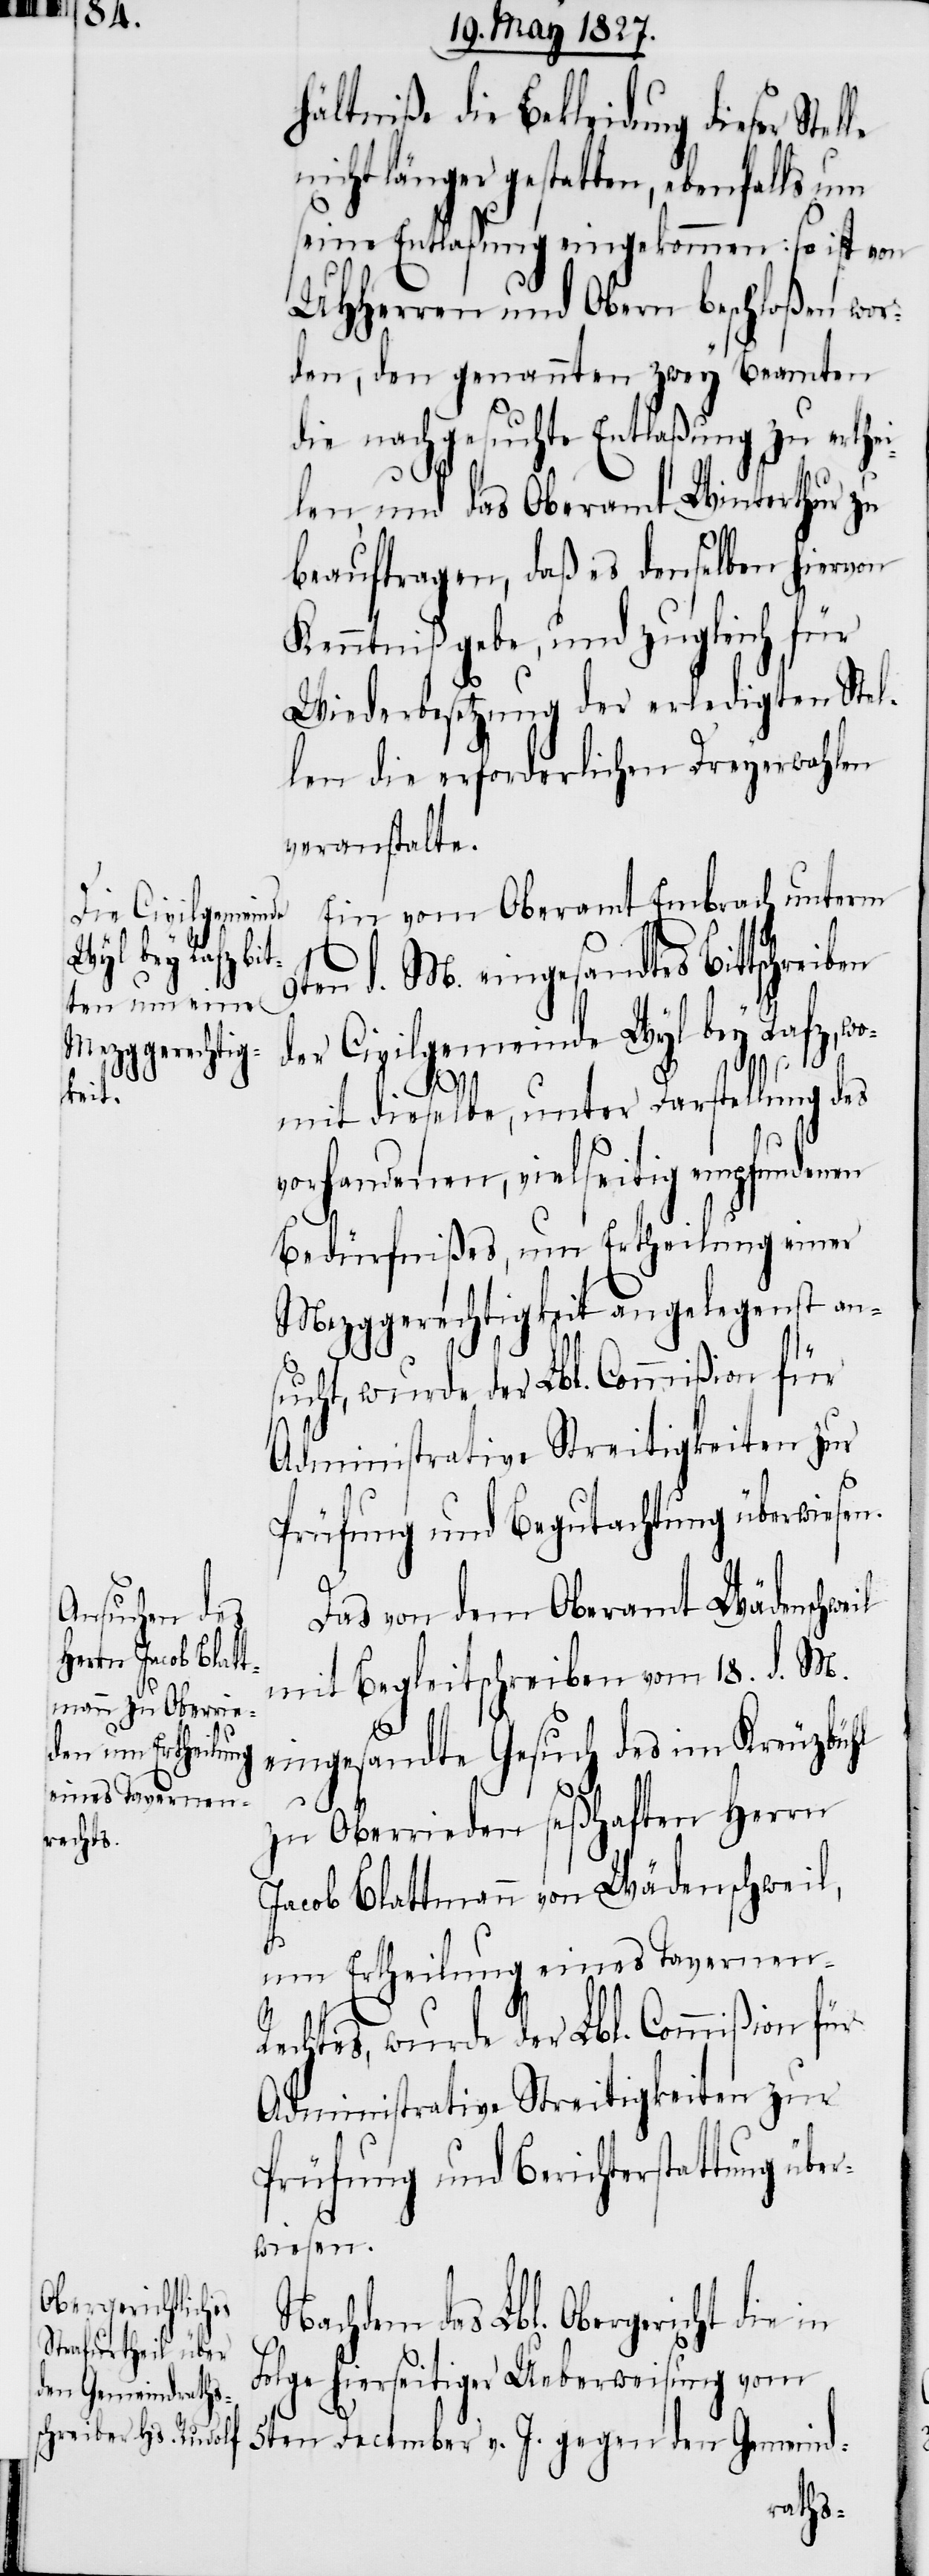
hältniße die Bekleidung dieser Stel¬
nicht länger gestatten, ebenfalls um
seine Entlaßung eingekommen: so ist von
UHHerren und Obern beschloßen wor¬
den, den genannten zwey Beamten
die nachgesuchte Entlaßung zu erth¬
len, und das Oberamt Winterthur zu
beauftragen, daß es denselben hiervon
Kenntniß gebe, und zugleich für
Wiederbesetzung der erledigten Stel¬
len die erforderlichen Dreyerwahlen
veranstalte.
Ein vom Oberamt Embrach unterm
9ten d. M. eingesandtes Bittschre¬
der Civilgemeinde Wyl bey Rafz, wo¬
mit dieselbe, unter Darstellung des
vorhandenen, vielseitig empfundenen
Bedürfnißes, um Ertheilung einer
Mezggerechtigkeit angelegenst an¬
sucht, wurde, der Lbl. Commißion für
Administrative Streitigkeiten zur
Prüfung und Begutachtung überwiesen.
Das von dem Oberamt Wädenschweil
mit Begleitschreiben vom 18. d. M.
le
eingesandte Gesuch des im Kreuzbühl
iben
zu Oberrieden seßhaften Herrn
Jacob Blattmann von Wädenschweil,
um Ertheilung eines Tavernen-R¬
echtes, wurde der Lbl. Commißion für
Administrative Streitigkeiten zur
Prüfung und Berichterstattung über¬
wiesen.
Nachdem das Lbl. Obergericht die
Folge hierseitiger Ueberweisung vom
5ten December v. J. gegen den Gemeind-